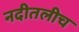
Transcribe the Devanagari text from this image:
नदीतलीच